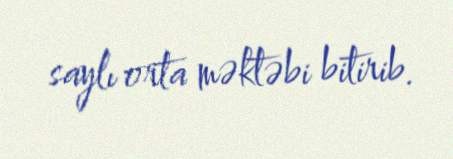
saylı orta məktəbi bitirib.